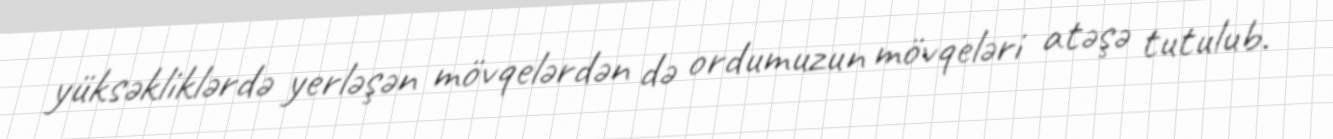
yüksəkliklərdə yerləşən mövqelərdən də ordumuzun mövqeləri atəşə tutulub.